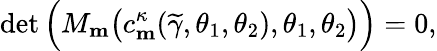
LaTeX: \operatorname*{det}\Big(M_{\mathbf{m}}\big(c_{\mathbf{m}}^{\kappa}(\widetilde{\gamma},\theta_{1},\theta_{2}),\theta_{1},\theta_{2}\big)\Big)=0,